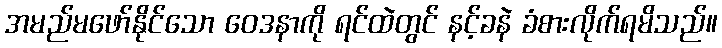
အမည်မဖော်နိုင်သော ဝေဒနာကို ရင်ထဲတွင် နင့်ခနဲ ခံစားလိုက်ရမိသည်။